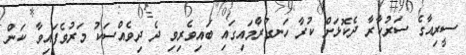
ސީރިއާގެ ސަރުކާރާ ދެކޮޅަށް ކުރާ ހަނގުރާމައިގައި ބައިވެރިވި ދެ ދިވެއްސަކު މަރުވެފައިވާ ކަން